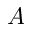
A